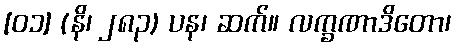
[၀၁] (နိ၊ ၂၈၃) ပန၊ ဆက်။ လက္ခဏာဒိတော၊